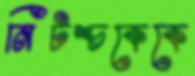
নিটশ্চকেকে